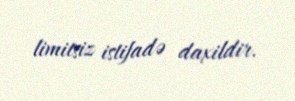
limitsiz istifadə daxildir.